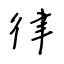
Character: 律